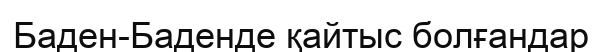
Баден-Баденде қайтыс болғандар